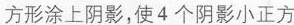
方形涂上阴影，使4个阴影小正方